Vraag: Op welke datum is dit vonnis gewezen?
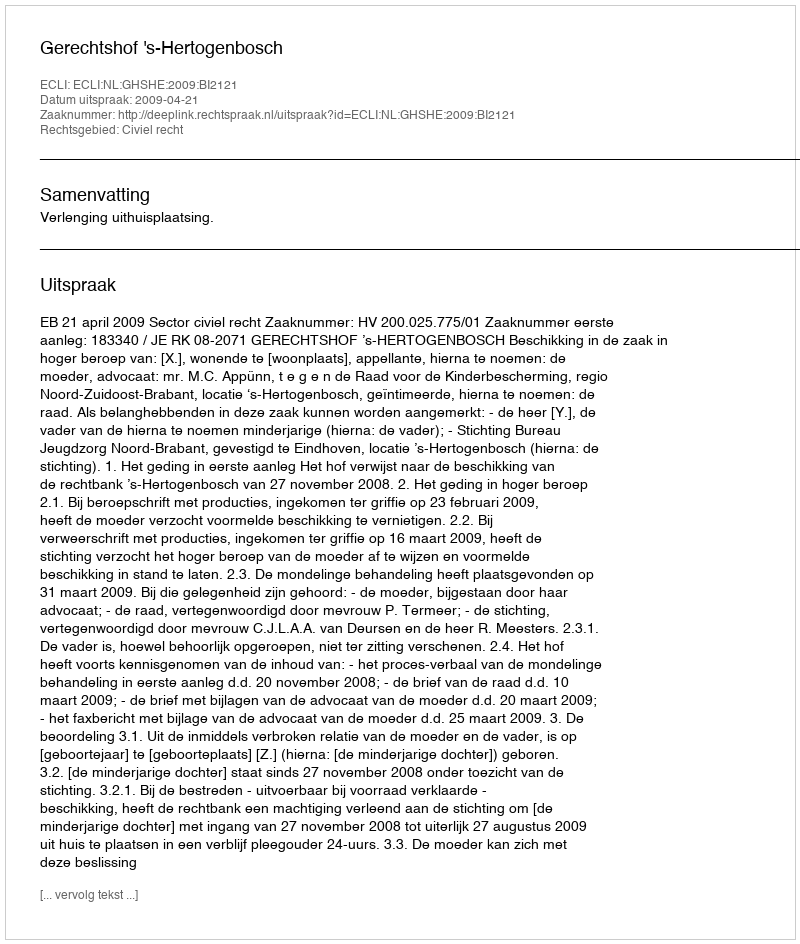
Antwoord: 2009-04-21